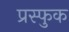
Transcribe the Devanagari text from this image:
प्रस्फुक